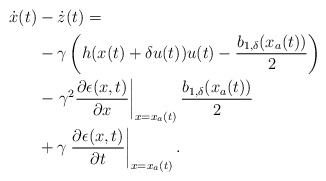
\begin{align*}\begin{aligned}\dot{x}(t)&-\dot{z}(t) =\\ &-\gamma\left(h(x(t)+\delta u(t))u(t)-\dfrac{b_{1,\delta}(x_a(t))}{2}\right)\\&-\left.\gamma^2\dfrac{\partial\epsilon(x,t)}{\partial x}\right|_{x = x_a(t)} \dfrac{b_{1,\delta}(x_a(t))}{2}\\& +\gamma\left.\dfrac{\partial \epsilon(x,t) }{\partial t}\right|_{x = x_a(t)}. \end{aligned}\end{align*}